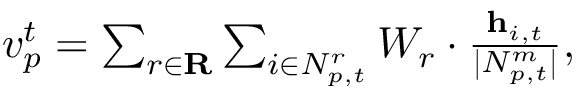
\begin{array} { r } { \begin{array} { r } { v _ { p } ^ { t } = \sum _ { r \in \mathbf { R } } \sum _ { i \in N _ { p , t } ^ { r } } W _ { r } \cdot \frac { \mathbf { h } _ { i , t } } { | N _ { p , t } ^ { m } | } , } \end{array} } \end{array}